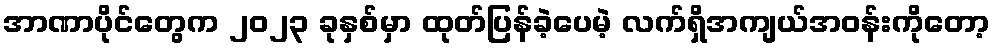
အာဏာပိုင်တွေက ၂၀၂၃ ခုနှစ်မှာ ထုတ်ပြန်ခဲ့ပေမဲ့ လက်ရှိအကျယ်အဝန်းကိုတော့